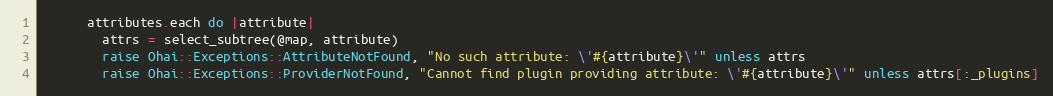
Language: Ruby
      attributes.each do |attribute|
        attrs = select_subtree(@map, attribute)
        raise Ohai::Exceptions::AttributeNotFound, "No such attribute: \'#{attribute}\'" unless attrs
        raise Ohai::Exceptions::ProviderNotFound, "Cannot find plugin providing attribute: \'#{attribute}\'" unless attrs[:_plugins]